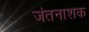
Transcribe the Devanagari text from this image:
जंतनाशक